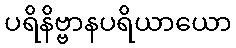
ပရိနိဗ္ဗာနပရိယာယော